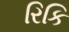
રિકિ